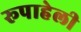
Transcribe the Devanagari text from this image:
रूपाहेली